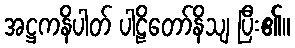
အဋ္ဌကနိပါတ် ပါဠိတော်နိသျ ပြီး၏။